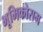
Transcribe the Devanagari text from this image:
भूमिकोसम